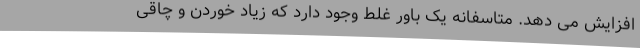
افزایش می دهد. متاسفانه یک باور غلط وجود دارد که زیاد خوردن و چاقی